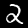
Label: 2